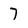
Character: 7